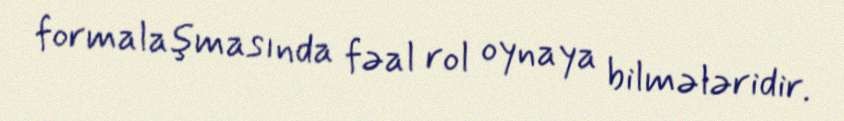
formalaşmasında fəal rol oynaya bilmələridir.